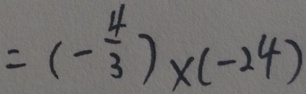
= ( - \frac { 4 } { 3 } ) \times ( - 2 4 )